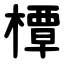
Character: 橝